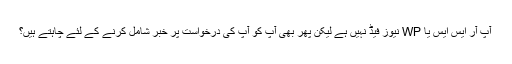
آپ آر ایس ایس یا WP نیوز فیڈ نہیں ہے لیکن پھر بھی آپ کو آپ کی درخواست پر خبر شامل کرنے کے لئے چاہتے ہیں؟